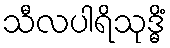
သီလပါရိသုဒ္ဓိံ